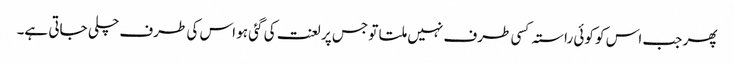
پھر جب اس کو کوئی راستہ کسی طرف نہیں ملتا تو جس پر لعنت کی گئی ہو اس کی طرف چلی جاتی ہے۔